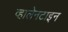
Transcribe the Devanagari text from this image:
व्हालेनटाइन